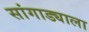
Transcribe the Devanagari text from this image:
सांगाड्याला